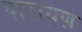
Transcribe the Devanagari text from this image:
पारायण़